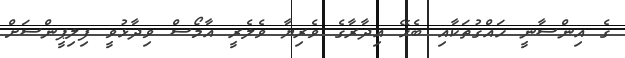
ގެ އިންސާނީ ހައްގުތަކާއި ބެހޭ އިދާރާގެ ވެރިޔާ ވެލެރީ އާމޯސް ވިދާޅުވީ ފިލިޕީންސަށް